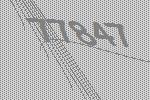
77847